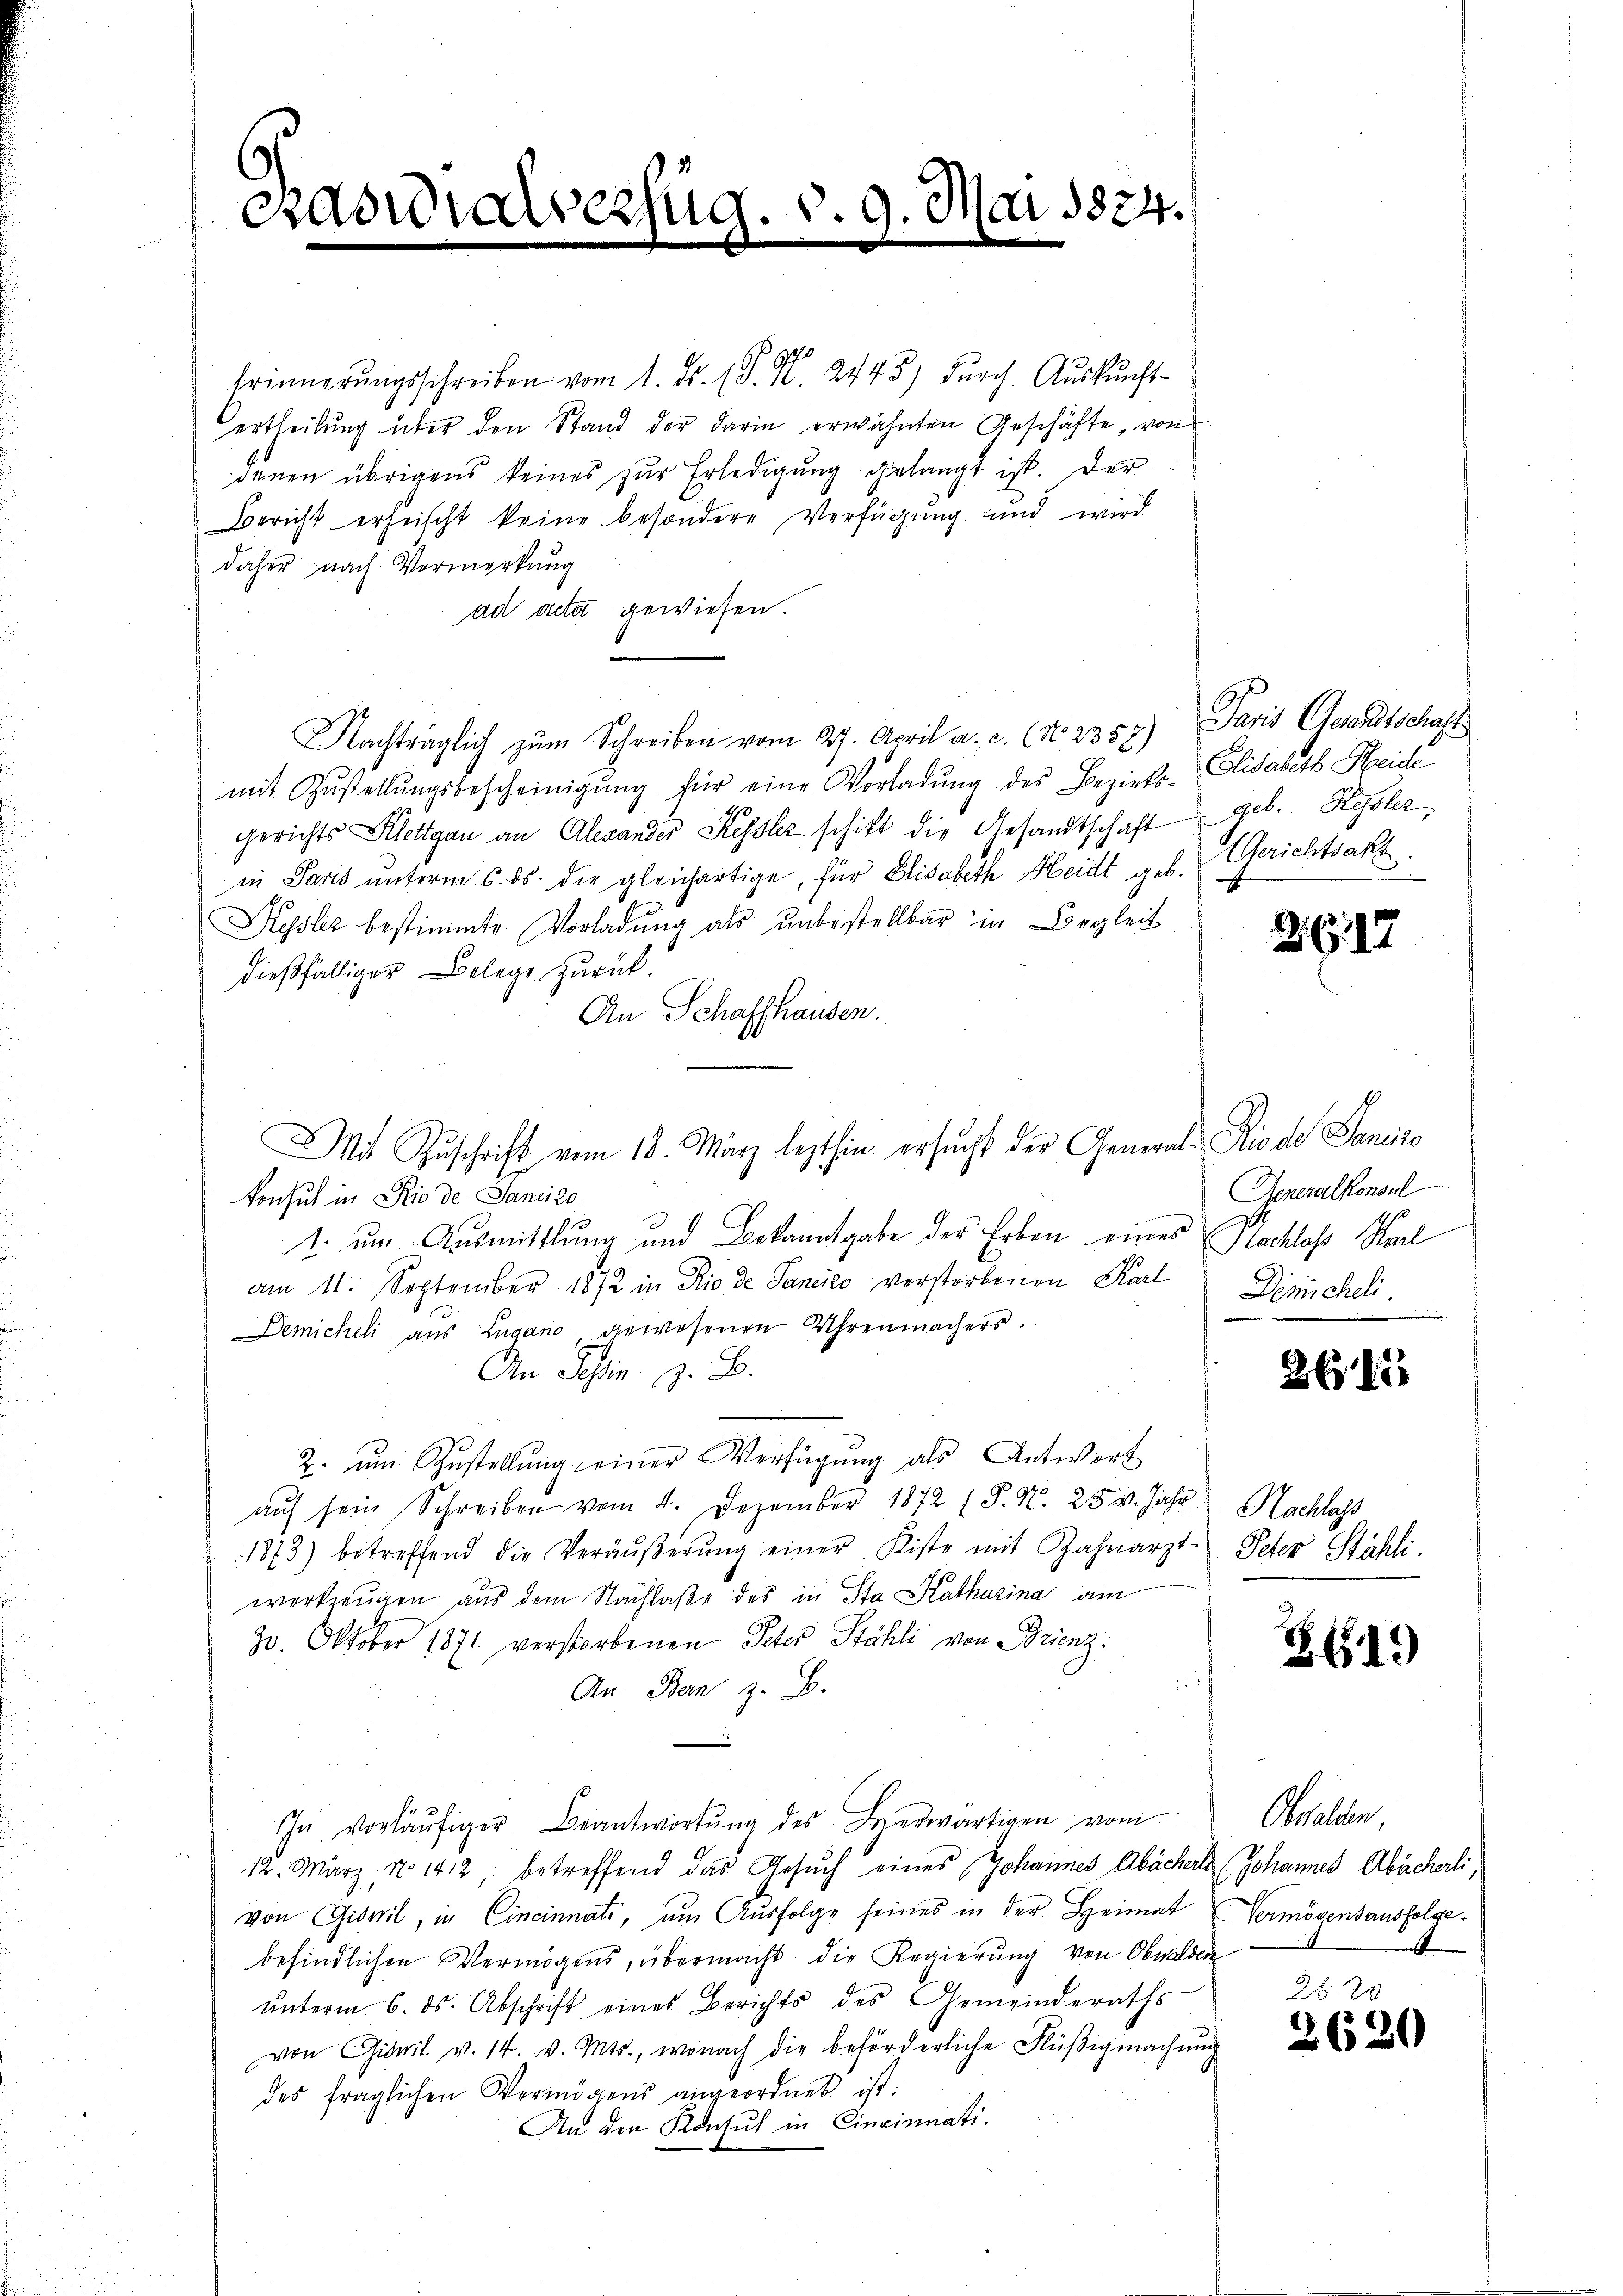
Kasuialverfüg. v. 9. Mai 1824.

Erinnerungsschreiben vom 1. Fs. (T. N. 2445) durch Auskunft-
ertheilung über den Stand der darin erwähnten Geschäfte, von
denen übrigens keines zur Erledigung gelangt ist. Der
Bericht erheischt keine besondere Verfügung und wird
daher nach Vormerkung
ad acta gewiesen.
1
Nachträglich zum Schreiben vom 27. April a. c. (N. 2357) Paris Gesandtschaft
mit Zŭstellŭngsbescheinigŭng für eine Vorladŭng des Bezirks-Elisabeth Heide
gerichts Allettgau an Alexander Kessler schift die Gesandtschaft geb. Kessler
in Paris unterm 6. ds. die gleichartige, für Elisabeth Heidt geb. Gerichtsakt
Kessler bestimmte Vorladung als unbestellbar in Begleit
dießfälliger Belege zurück.
An Schaffhausen.
konsul in Rio de Janeiro
1 um Ausmittlung und Bekanntgabe der Erben eines Nachlaß Karl
am 11. September 1872 in Rio de Janeiro verstorbenen Karl Dimischeli
Demichel aus Zugano gewesenen Uhrenmachers.
An Schien z. B.
2. ŭm Zŭstellŭng einer Verfügŭng als Antwort
aŭf sein Schreiben vom 4. Dezember 1872 (§. N. 25. v. Jahr Nachlass
1873) betreffend die Veräŭβerŭng einer Kiste mit Zahnarzt. Peter Stähli
werkzeugen aus dem Nachlaße des in Sta Katharina am
20. Oktober 1871 verstorbenen Peter Stähli von Brienz
An. Bern z. B.
In vorläŭfiger Beantwortŭng des Beerwärtigen vom
12. März, No 142, betreffend das Gesŭch eines Johannes Abächels (Johannes Abächerli,
von Giovil, in Cincinnati, am Aŭsfolge seines in der Heimat
befindlichen Vermögens, übermacht die Regierung von Obwalden
ŭnterm 6. ds. Abschrift eines Berichts des Gemeinderaths
von Giovil v. 14. v. Mts., wonach die beförderliche Flüßigmachung
des fraglichen Vermögens angeordnet ist:
An den Konsul in Cincinnati

Mit Zuschrift vom 18. März lezthin ersucht der General-Rio des Sanire

2617

Generalkonsul
e
n

265

ZG1.

Obwalden.
Vermögensausfolge.

2t 20
2620